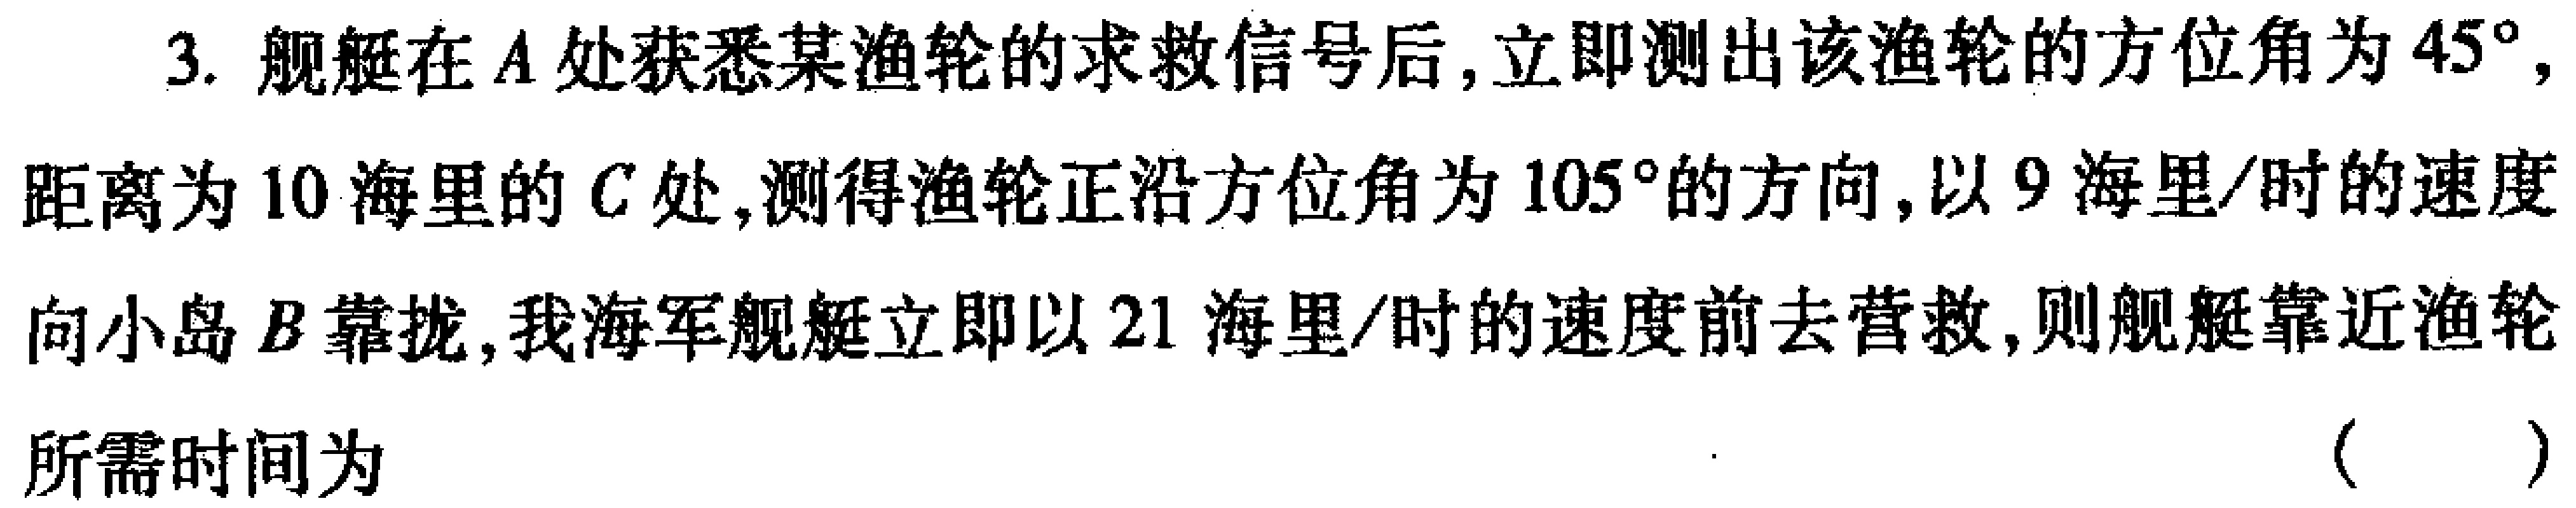
3. 舰艇在\(A\)处获悉某渔轮的求救信号后，立即测出该渔轮的方位角为\(45^{\circ}\)，距离为\(10\)海里的\(C\)处，测得渔轮正沿方位角为\(105^{\circ}\)的方向，以\(9\)海里/时的速度向小岛\(B\)靠拢，我海军舰艇立即以\(21\)海里/时的速度前去营救，则舰艇靠近渔轮所需时间为（  ）